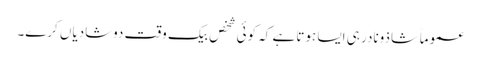
عموماً شاذونادر ہی ایسا ہوتا ہے کہ کوئی شخص بیک وقت دوشادیاں کرے۔